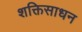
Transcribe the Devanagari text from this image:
शक्तिसाधन